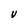
Character: V